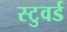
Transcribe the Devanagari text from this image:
स्टुवर्ड